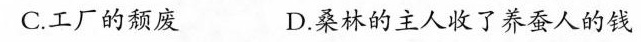
C.工厂的颓废D.桑林的主人收了养蚕人的钱